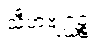
သီဟဗျဂ္ဃဉ္စ